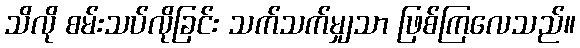
သိလို စမ်းသပ်လိုခြင်း သက်သက်မျှသာ ဖြစ်ကြလေသည်။